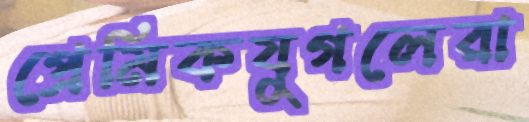
প্রেমিকযুগলেরা